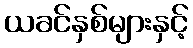
ယခင်နှစ်များနှင့်